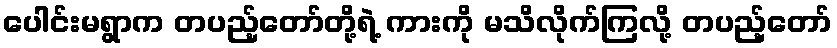
ပေါင်းမရွာက တပည့်တော်တို့ရဲ့ ကားကို မသိလိုက်ကြလို့ တပည့်တော်